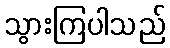
သွားကြပါသည်